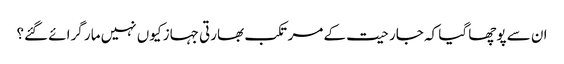
ان سے پوچھا گیا کہ جارحیت کے مرتکب بھارتی جہاز کیوں نہیں مار گرائے گئے؟